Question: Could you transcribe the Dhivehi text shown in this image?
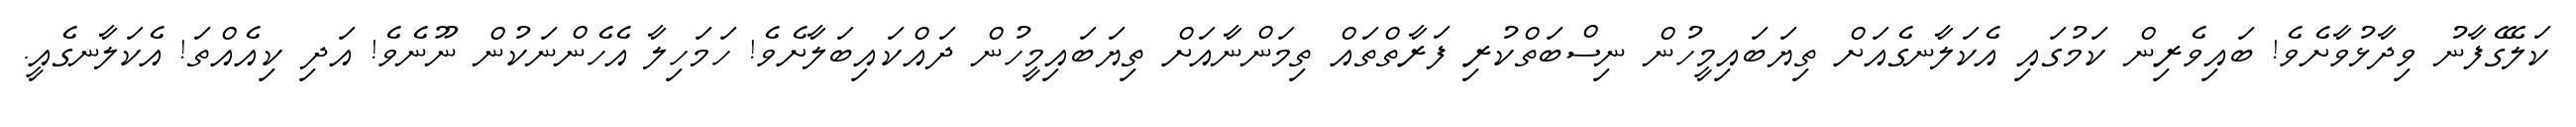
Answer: ކަލޭގެފާނު ވިދާޅުވާށެވެ! ބައިވެރިން ކަމުގައި އެކަލާނގެއަށް ތިޔަބައިމީހުން ނިސްބަތްކުރި ފަރާތްތައް ތިމަންނާއަށް ތިޔަބައިމީހުން ދައްކައިބަލާށެވެ! ހަމަހިލާ އެހެންނަކުން ނޫނެވެ! އަދި ކިއެއްތަ! އެކަލާނގެއީ.